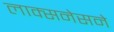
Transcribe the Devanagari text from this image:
लाक्सनेसने